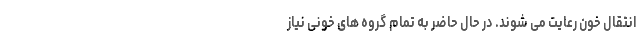
انتقال خون رعایت می شوند. در حال حاضر به تمام گروه های خونی نیاز